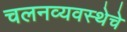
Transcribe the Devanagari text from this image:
चलनव्यवस्थेचे